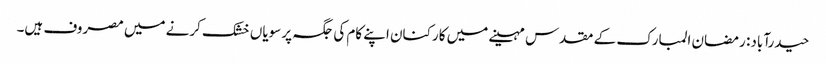
حیدرآباد: رمضان المبارک کے مقدس مہینے میں کارکنان اپنے کام کی جگہ پر سویاں خشک کرنے میں مصروف ہیں۔